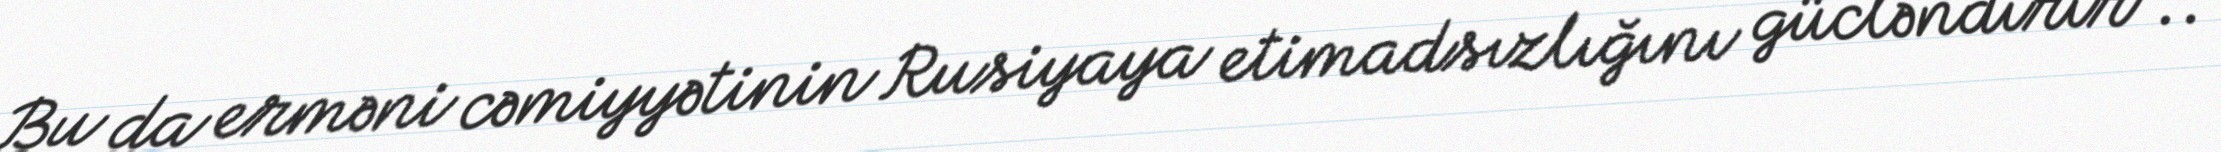
Bu da erməni cəmiyyətinin Rusiyaya etimadsızlığını gücləndirir”..